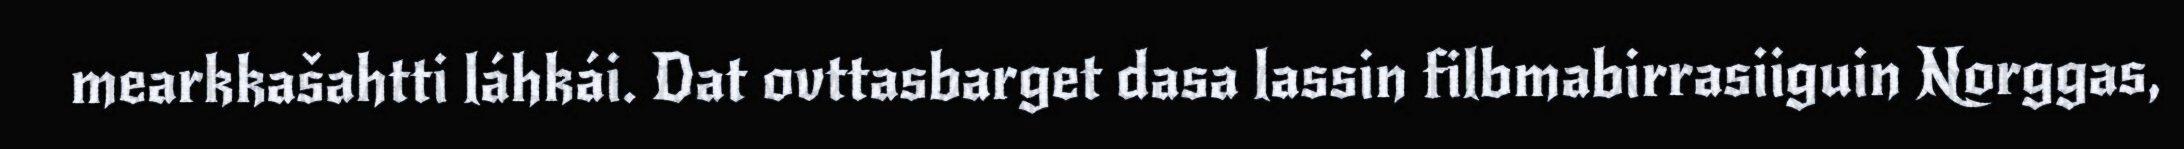
mearkkašahtti láhkái. Dat ovttasbarget dasa lassin filbmabirrasiiguin Norggas,